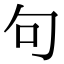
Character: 句